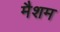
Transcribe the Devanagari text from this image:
मैशम